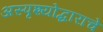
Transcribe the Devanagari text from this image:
अस्पृश्योद्धाराचे